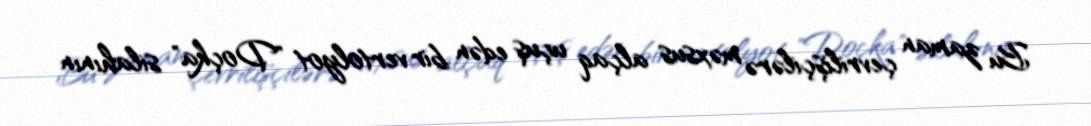
Bu zaman çevrilişçilərə məxsus alçaq uçuş edən bir vertolyot "Doçka" silahının